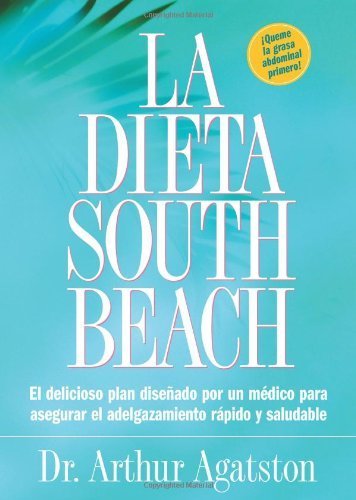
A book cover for La Dieta South Beach: El delicioso plan disenado por un medico para asegurar el adelgazamiento rapido y saludable (The South Beach Diet) (Spanish Edition) by Agatston, Arthur (2004) Paperback; Arthur Agatston; Health, Fitness & Dieting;